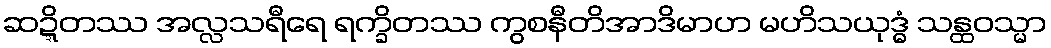
ဆဍ္ဍိတဿ အလ္လသရီရေ ရက္ခိတဿ ကွစနီတိအာဒိမာဟ မဟိသယုဒ္ဓံ သန္ထဝသ္မာ